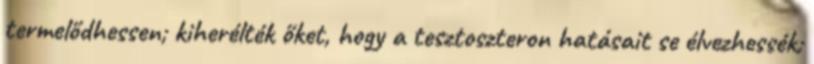
termelődhessen; kiherélték őket, hogy a tesztoszteron hatásait se élvezhessék;